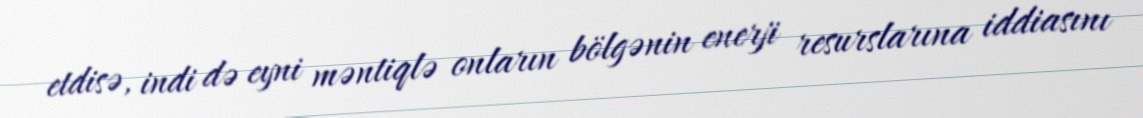
etdisə, indi də eyni məntiqlə onların bölgənin enerji resurslarına iddiasını